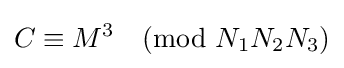
C\equiv M^{3}{\pmod {N_{1}N_{2}N_{3}}}